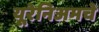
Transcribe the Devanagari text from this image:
यूरेनिअमचे